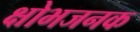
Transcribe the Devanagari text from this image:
क्षोभजनक